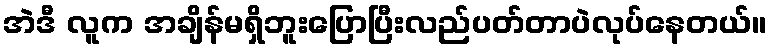
အဲဒီ လူက အချိန်မရှိဘူးပြောပြီးလည်ပတ်တာပဲလုပ်နေတယ်။